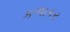
કળાકર